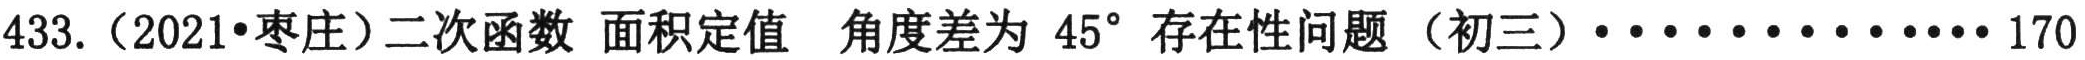
433.（2021•枣庄）二次函数 面积定值 角度差为 \(45^{\circ}\) 存在性问题（初三）···············170